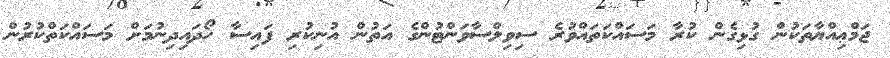
ޖަމްޢިއްޔާތަކުން ގުޅިގެން ކުރާ މަސައްކަތައްވުރެ ސިވިލްސާވަންޓުންގެ އަތުން އުނިކުރި ފައިސާ ހޯދައިދިނުމަށް މަސައްކަތްކުރުން